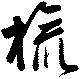
旒